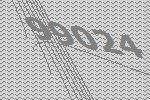
99024